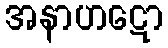
အနာဟဋော